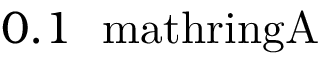
0 . 1 \ \mathrm { \ m a t h r i n g { A } }